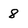
Character: 8